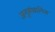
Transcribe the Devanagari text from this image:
अनुसंधानित